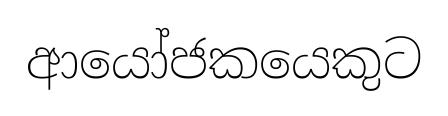
ආයෝජකයෙකුට